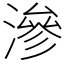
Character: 滲